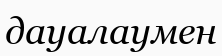
дауалаумен